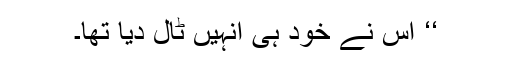
‘‘ اس نے خود ہی انہیں ٹال دیا تھا۔